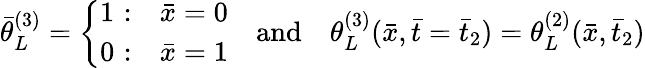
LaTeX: \bar{\theta}_{L}^{(3)}=\left\{ \begin{array}{ll}{1\, \, {:}}&{\bar{x}=0}\\ {0\, \, {:}}&{\bar{x}=1}\end{array}\right.\quad\mathrm{and}\quad\theta_{L}^{(3)}(\bar{x},\bar{t}=\bar{t}_{2})=\theta_{L}^{(2)}(\bar{x},\bar{t}_{2})